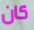
كان